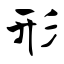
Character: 形